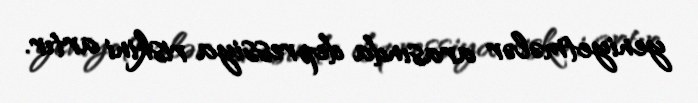
yeniyetmələr arasında depressiya riskini artır.